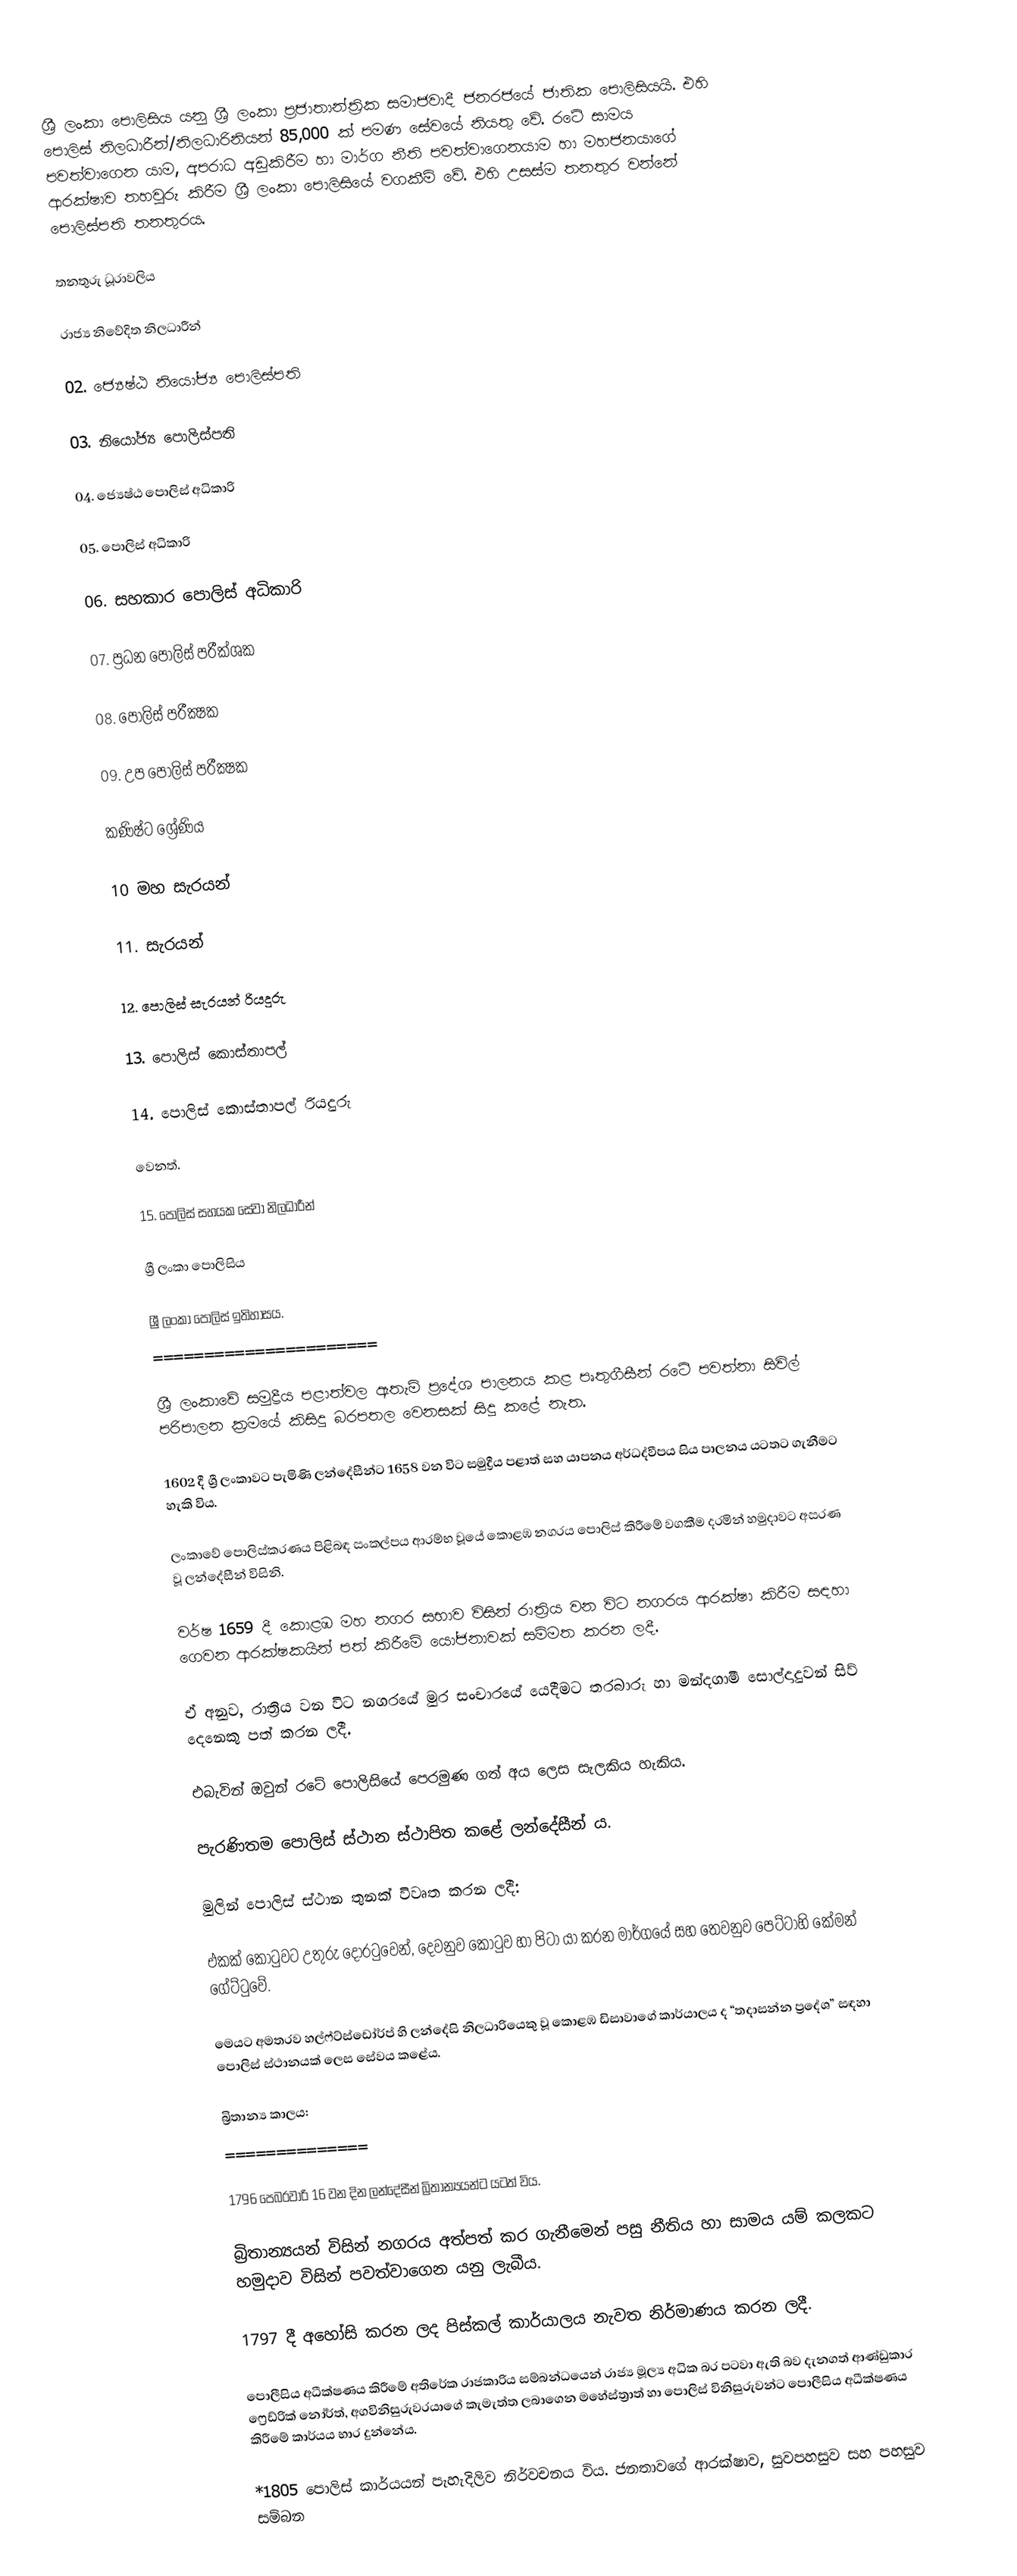
ශ්‍රී ලංකා පොලිසිය යනු ශ්‍රී ලංකා ප්‍රජාතාන්ත්‍රික සමාජවාදී ජනරජයේ ජාතික පොලිසියයි. එහි පොලිස් නිලධාරීන්/නිලධාරිනියන් 85,000 ක් පමණ සේවයේ නියතු වේ. රටේ සාමය පවත්වාගෙන යාම, අපරාධ අඩුකිරීම හා මාර්ග නීති පවත්වාගෙනයාම හා මහජනයාගේ ආරක්ෂාව තහවුරු කිරීම ශ්‍රී ලංකා පොලිසියේ වගකීම් වේ. එහි උසස්ම තනතුර වන්නේ පොලිස්පති තනතුරය.

තනතුරු ධූරාවලිය

රාජ්‍ය නිවේදිත නිලධාරීන්

02. ජ්‍යෙෂ්ඨ නියෝජ්‍ය පොලිස්පති

03. නියෝජ්‍ය පොලිස්පති

04. ජ්‍යෙෂ්ඨ පොලිස් අධිකාරි

05. පොලිස් අධිකාරි

06. සහකාර පොලිස් අධිකාරි

07. ප්‍රධන පොලිස් පරීක්ශක

08. පොලිස් පරීක්‍ෂක

09. උප පොලිස් පරීක්‍ෂක

කණිෂ්ට ශ්‍රේණිය

10 මහ සැරයන්

11. සැරයන්

12. පොලිස් සැරයන් රියදුරු

13. පොලිස් කොස්තාපල්

14. පොලිස් කොස්තාපල් රියදුරු

වෙනත්.

15. පොලිස් සහයක සේවා නිලධාරීන්

ශ්‍රී ලංකා පොලිසිය

ශ්‍රී ලංකා පොලිස් ඉතිහාසය.
======================

ශ්‍රී ලංකාවේ සමුද්‍රීය පළාත්වල ඇතැම් ප්‍රදේශ පාලනය කළ පෘතුගීසීන් රටේ පවත්නා සිවිල් පරිපාලන ක්‍රමයේ කිසිදු බරපතල වෙනසක් සිදු කළේ නැත.

1602 දී ශ්‍රී ලංකාවට පැමිණි ලන්දේසීන්ට 1658 වන විට සමුද්‍රීය පළාත් සහ යාපනය අර්ධද්වීපය සිය පාලනය යටතට ගැනීමට හැකි විය.

 ලංකාවේ පොලිස්කරණය පිළිබඳ සංකල්පය ආරම්භ වූයේ කොළඹ නගරය පොලිස්‌ කිරීමේ වගකීම දරමින් හමුදාවට අසරණ වූ ලන්දේසීන් විසිනි.

වර්ෂ 1659 දී කොළඹ මහ නගර සභාව විසින් රාත්‍රිය වන විට නගරය ආරක්ෂා කිරීම සඳහා ගෙවන ආරක්ෂකයින් පත් කිරීමේ යෝජනාවක් සම්මත කරන ලදී.

ඒ අනුව, රාත්‍රිය වන විට නගරයේ මුර සංචාරයේ යෙදීමට තරබාරු හා මන්දගාමී සොල්දාදුවන් සිව් දෙනෙකු පත් කරන ලදී.

එබැවින් ඔවුන් රටේ පොලිසියේ පෙරමුණ ගත් අය ලෙස සැලකිය හැකිය.

පැරණිතම පොලිස් ස්ථාන ස්ථාපිත කළේ ලන්දේසීන් ය.

මුලින් පොලිස් ස්ථාන තුනක් විවෘත කරන ලදී:

එකක් කොටුවට උතුරු දොරටුවෙන්, දෙවනුව කොටුව හා පිටා යා කරන මාර්ගයේ සහ තෙවනුව පෙට්ටාහි කේමන් ගේට්ටුවේ.

මෙයට අමතරව හල්ෆ්ට්ස්ඩෝර්ප් හි ලන්දේසි නිලධාරියෙකු වූ කොළඹ ඩිසාවාගේ කාර්යාලය ද “තදාසන්න ප්‍රදේශ” සඳහා පොලිස් ස්ථානයක් ලෙස සේවය කළේය.

බ්‍රිතාන්‍ය කාලය:
==============

1796 පෙබරවාරි 16 වන දින ලන්දේසීන් බ්‍රිතාන්‍යයන්ට යටත් විය.

බ්‍රිතාන්‍යයන් විසින් නගරය අත්පත් කර ගැනීමෙන් පසු නීතිය හා සාමය යම් කලකට හමුදාව විසින් පවත්වාගෙන යනු ලැබීය.

1797 දී අහෝසි කරන ලද පිස්කල් කාර්යාලය නැවත නිර්මාණය කරන ලදී.

පොලීසිය අධීක්ෂණය කිරීමේ අතිරේක රාජකාරිය සම්බන්ධයෙන් රාජ්‍ය මූල්‍ය අධික බර පටවා ඇති බව දැනගත් ආණ්ඩුකාර ෆ්‍රෙඩ්රික් නෝර්ත්, අගවිනිසුරුවරයාගේ කැමැත්ත ලබාගෙන මහේස්ත්‍රාත් හා පොලිස් විනිසුරුවන්ට පොලීසිය අධීක්ෂණය කිරීමේ කාර්යය භාර දුන්නේය.

 *1805 පොලිස් කාර්යයන් පැහැදිලිව නිර්වචනය විය. ජනතාවගේ ආරක්ෂාව, සුවපහසුව සහ පහසුව සම්බන